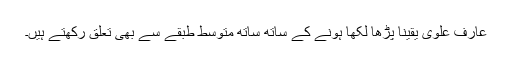
عارف علوی یقینا پڑھا لکھا ہونے کے ساتھ ساتھ متوسط طبقے سے بھی تعلق رکھتے ہیں۔